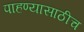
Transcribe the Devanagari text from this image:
पाहण्यासाठीच